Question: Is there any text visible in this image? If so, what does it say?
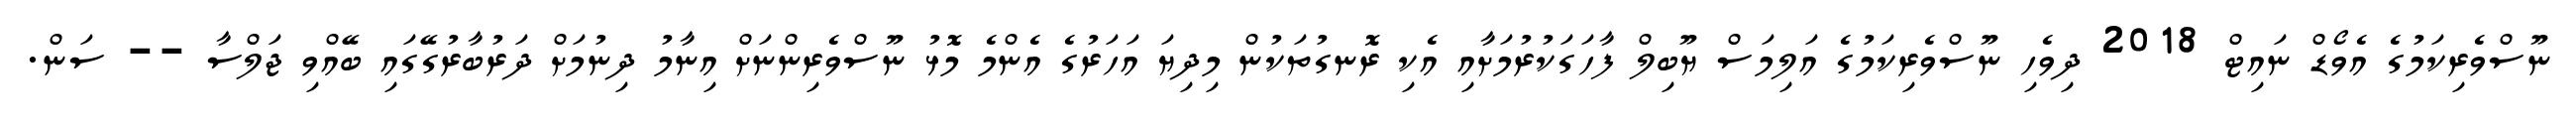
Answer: ނޫސްވެރިކަމުގެ އެވޯޑް ނައިޓް 2018 ދިވެހި ނޫސްވެރިކަމުގެ އަލިމަސް ޔޫބިލް ފާހަގަކުރުމަށާއި އެކި ރޮނގުތަކުން މިދިޔަ އަހަރުގެ އެންމެ މޮޅު ނޫސްވެރިންނަށް އިނާމު ދިނުމަށް ދަރުބާރުގޭގައި ބޭއްވި ޖަލްސާ -- ސަން.